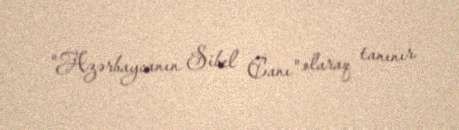
"Azərbaycanın Sibel Canı" olaraq tanınır.